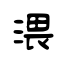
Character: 渨